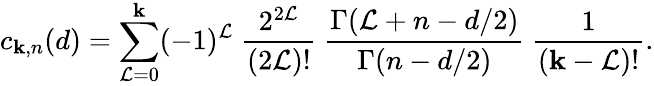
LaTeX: c_{\mathbf{k},n}(d)=\sum_{\mathcal{L}=0}^{\mathbf{k}}(-1)^{\mathcal{L}}~{\frac{{2^{2\mathcal{L}}}}{{(2\mathcal{L})!}}}~{\frac{{\Gamma(\mathcal{L}+n-d/2)}}{{\Gamma(n-d/2)}}}~{\frac{{1}}{{(\mathbf{k}-\mathcal{L})!}}}.